Report on lock hospitals in British Burma
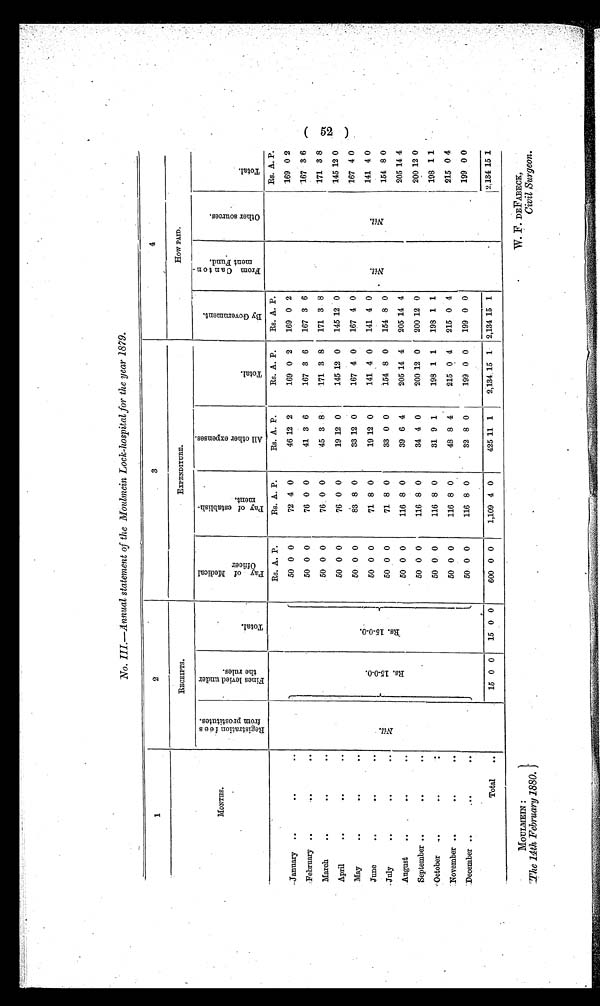
MOULMEIN :
The 14th February 1880
W. F. DEFABECK,
Civil Surgeon.
1
2
3
4
MONTHS.
RECEIPTS.
EXPENDITURE.
How PAID.
Regi s t r at i on f ees
f r om pr os t i t ut es .
F i n e s l e v i e d u n d e r
t h e r u l e s .
T o t a l .
P a y o f M e d i c a l
O f f i c e r
P a y o f e s t a b l i s h
m e n t .
A l l o t h e r e x p e n s e s .
T o t a l .
B y G o v e r n m e n t .
F r o m C a n t o n -
m e n t F u n d .
O t h e r s o u r c e s .
T o t a l .
N i l
Rs. 15-0-0.
R s . 1 5 - 0 - 0 .
Rs. A. P.
Rs. A. P.
Rs. A. P.
Rs. A. P.
Rs. A. P.
N i l
Nil
Rs. A. P.
January
50 0 0
72 4 0
46 12 2
169 0 2
169 0 2
169 0 2
February
50 0 0
76 0 0
41 3 6
167 3 6
167 3 6
167 3 6
March
50 0 0
76 0 0
45 3 8
171 3 8
171 3 8
171 3 8
April
50 0 0
76 0 0
19 12 0
145 12 0
145 12 0
145 12 0
May
50 0 0
83 8 0
33 12 0
167 4 0
167 4 0
167 4 0
June
50 0 0
71 8 0
19 12 0
141 4 0
141 4 0
141 4 0
July
50 0 0
71 8 0
33 0 0
154 8 0
154 8 0
154 8 0
August
50 0 0
116 8 0
39 6 4
205 14 4
205 14 4
205 14 4
September
50 0 0
116 8 0
34 4 0
200 12 0
200 12 0
200 12 0
October
50 0 0
116 8 0
31 9 1
198 1 1
198 1 1
198
1 1
November
50
0
0
116 8 0
4 8 8
4
215 0 4
215 0 4
215 0 4
December
50 0 0
116 8 0
32 8 0
199 0 0
199 0 0
199 0 0
Total
..
15 0 0
15 0 0
600 0 0
1,109 4 0
425 11 1
2,134 15 1
2,134 15 1
2,134 15 1
( 52 )